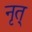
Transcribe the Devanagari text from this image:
नृत्